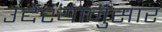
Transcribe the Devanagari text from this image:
उद्देश्यानुसार